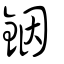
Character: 銦